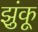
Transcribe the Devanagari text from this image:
झुंकू